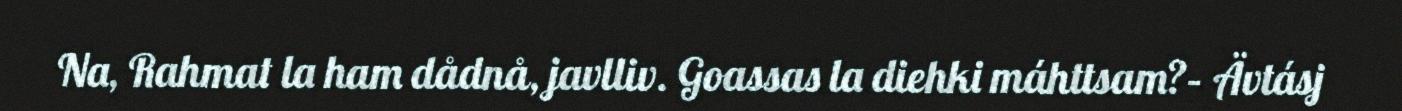
Na, Rahmat la ham dådnå, javlliv. Goassas la diehki máhttsam?– Ävtásj